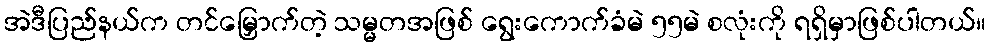
အဲဒီပြည်နယ်က တင်မြှောက်တဲ့ သမ္မတအဖြစ် ရွေးကောက်ခံမဲ ၅၅မဲ စလုံးကို ရရှိမှာဖြစ်ပါတယ်။